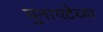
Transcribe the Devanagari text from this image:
युनायटेच्या